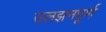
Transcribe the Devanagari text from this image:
उलझनपूर्ण